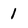
Character: 1